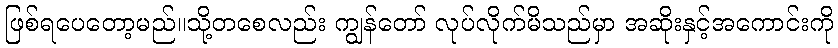
ဖြစ်ရပေတော့မည်။သို့တစေလည်း ကျွန်တော် လုပ်လိုက်မိသည်မှာ အဆိုးနှင့်အကောင်းကို